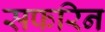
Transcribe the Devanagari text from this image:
सफरिन